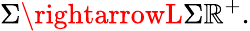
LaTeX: \Sigma\rightarrowL\Sigma\mathbb{R}^{+}.